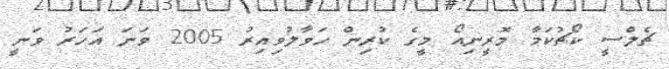
ޗެލްސީ ކޯޗުކަމާ މޮރީނިއޯ މީގެ ކުރިން ހަވާލުވިއިރު 2005 ވަނަ އަހަރު ވަނީ